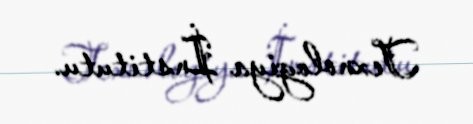
Texnologiya İnstitutu.